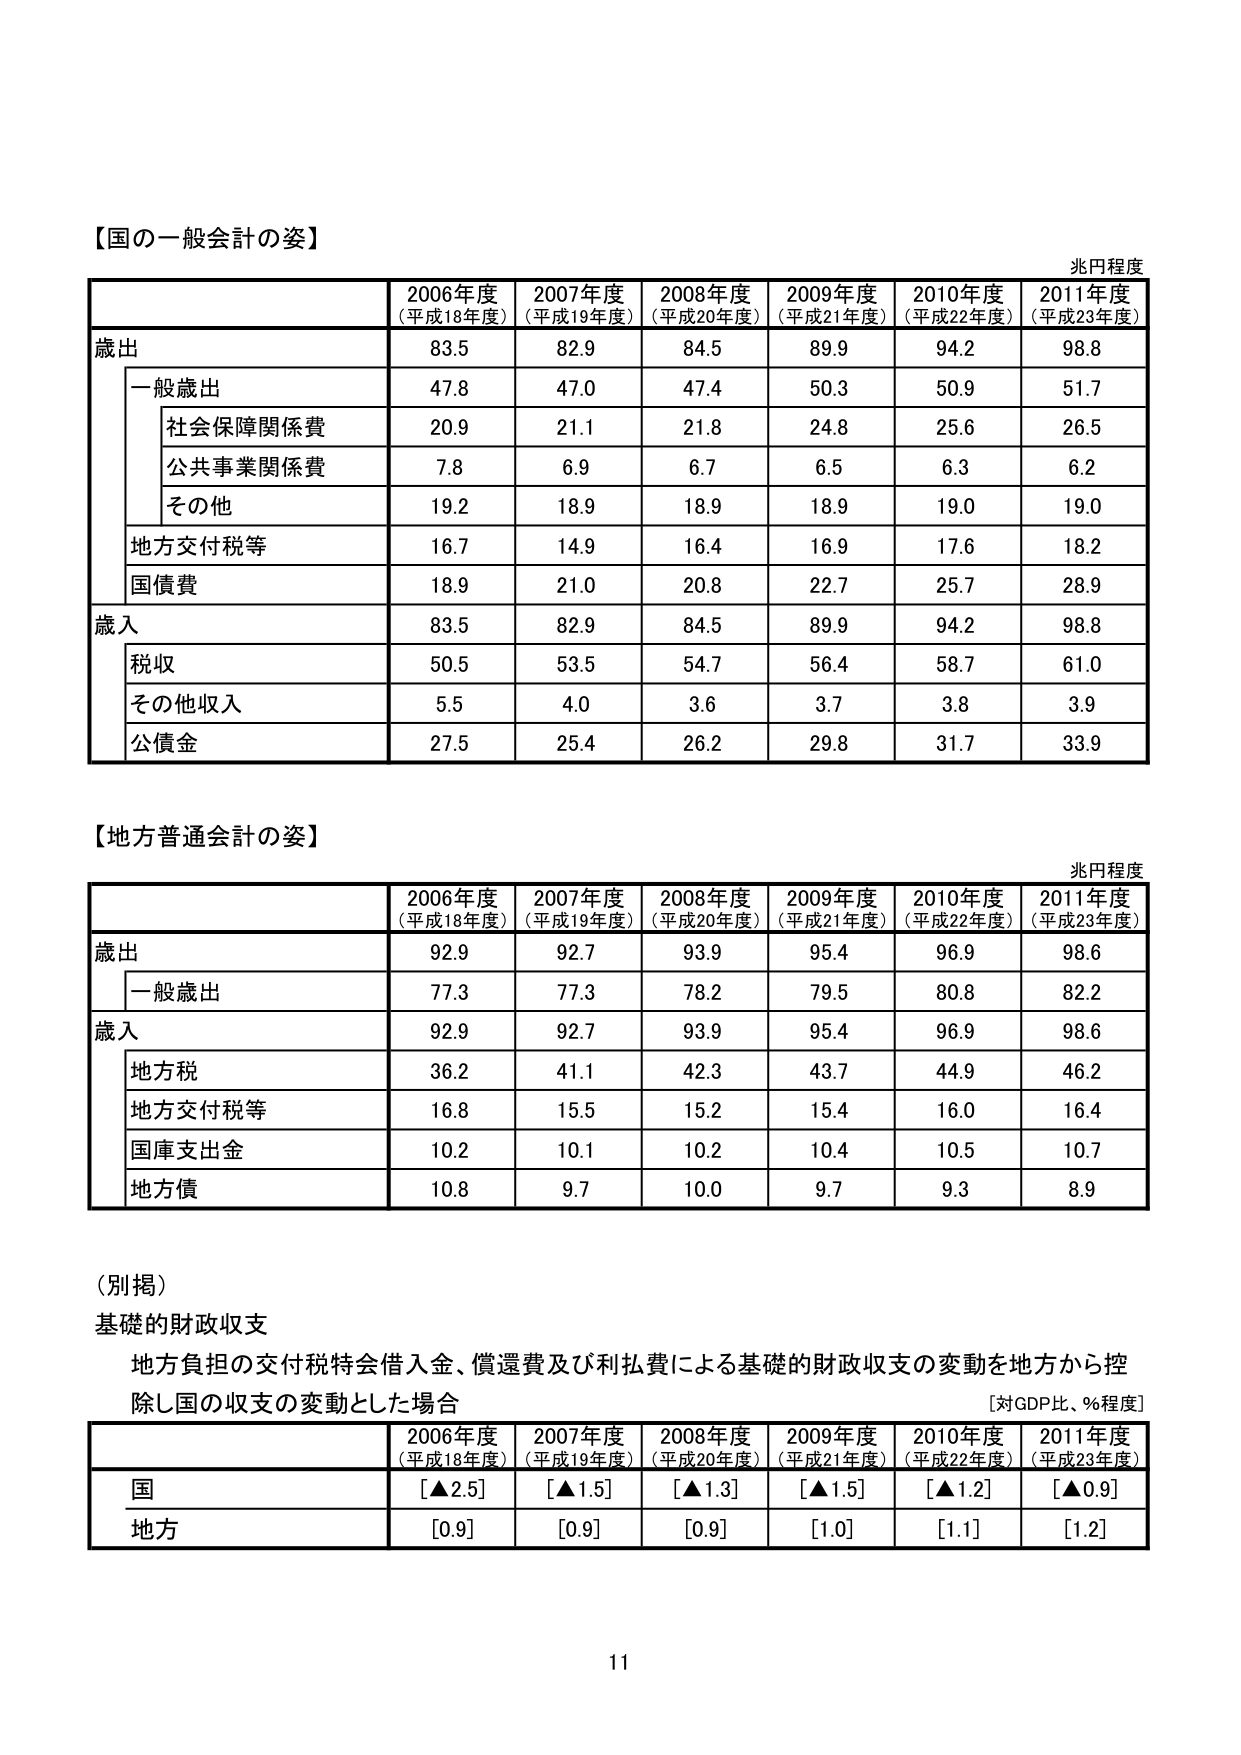
【国の一 般会計の姿】
兆円程度
2006年度
(平成18年度)
2007年度
(平成19年度)
2008年度
(平成20年度)
2009年度
(平成21年度)
2010年度
(平成22年度)
2011年度
(平成23年度)
歳出
83.5
82.9
84.5
89.9
94.2
98.8
一般歳出
47.8
47.0
47.4
50.3
50.9
51.7
社会保障関係費
20.9
21.1
21.8
24.8
25.6
26.5
公共事業関係費
7.8
6.9
6.7
6.5
6.3
6.2
その他
19.2
18.9
18.9
18.9
19.0
19.0
地方交付税等
16.7
14.9
16.4
16.9
17.6
18.2
国債費
18.9
21.0
20.8
22.7
25.7
28.9
歳入
83.5
82.9
84.5
89.9
94.2
98.8
税収
50.5
53.5
54.7
56.4
58.7
61.0
その他収入
5.5
4.0
3.6
3.7
3.8
3.9
公債金
27.5
25.4
26.2
29.8
31.7
33.9
【地方普通会計の姿】
兆円程度
2006年度
(平成18年度)
2007年度
(平成19年度)
2008年度
(平成20年度)
2009年度
(平成21年度)
2010年度
(平成22年度)
2011年度
(平成23年度)
歳出
92.9
92.7
93.9
95.4
96.9
98.6
一般歳出
77.3
77.3
78.2
79.5
80.8
82.2
歳入
92.9
92.7
93.9
95.4
96.9
98.6
地方税
36.2
41.1
42.3
43.7
44.9
46.2
地方交付税等
16.8
15.5
15.2
15.4
16.0
16.4
国庫支出金
10.2
10.1
10.2
10.4
10.5
10.7
地方債
10.8
9.7
10.0
9.7
9.3
8.9
(別掲)
基礎的財政収支
地方負担の交付税特会借入金、償還費及び利払費による基礎的財政収支の変動を地方から控
除し国の収支の変動とした場合
[対GDP比、%程度]
2006年度
(平成18年度)
2007年度
(平成19年度)
2008年度
(平成20年度)
2009年度
(平成21年度)
2010年度
(平成22年度)
2011年度
(平成23年度)
国
[▲2.5]
[▲1.5]
[▲1.3]
[▲1.5]
[▲1.2]
[▲0.9]
地方
[0.9]
[0.9]
[0.9]
[1.0]
[1.1]
[1.2]
11